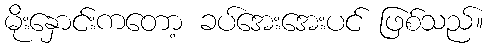
မိုးနှောင်းကတော့ ခပ်အေးအေးပင် ဖြစ်သည်။